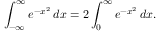
\int _ { - \infty } ^ { \infty } e ^ { - x ^ { 2 } } \, d x = 2 \int _ { 0 } ^ { \infty } e ^ { - x ^ { 2 } } \, d x .